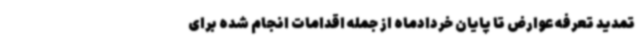
تمدید تعرفه عوارض تا پایان خردادماه از جمله اقدامات انجام شده برای